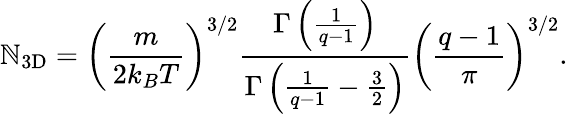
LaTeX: \mathbb{N}_{\mathrm{{3D}}}=\left(\frac{{m}}{{2k_{B}T}}\right)^{3/2}\frac{{\Gamma\left(\frac{{1}}{{q-1}}\right)}}{{\Gamma\left(\frac{{1}}{{q-1}}-\frac{{3}}{{2}}\right)}}\left(\frac{{q-1}}{{\pi}}\right)^{3/2}.